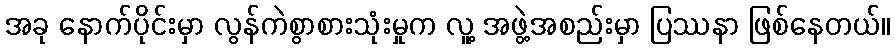
အခု နောက်ပိုင်းမှာ လွန်ကဲစွာစားသုံးမှုက လူ့ အဖွဲ့အစည်းမှာ ပြဿနာ ဖြစ်နေတယ်။